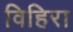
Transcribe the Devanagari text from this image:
विहिरा